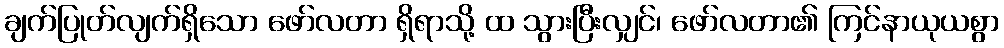
ချက်ပြုတ်လျက်ရှိသော ဖော်လတာ ရှိရာသို့ ထ သွားပြီးလျှင်၊ ဖော်လတာ၏ ကြင်နာယုယစွာ